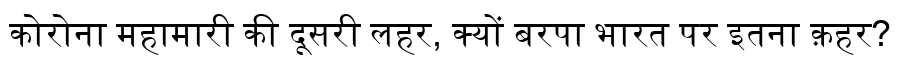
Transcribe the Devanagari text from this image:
कोरोना महामारी की दूसरी लहर, क्यों बरपा भारत पर इतना क़हर?